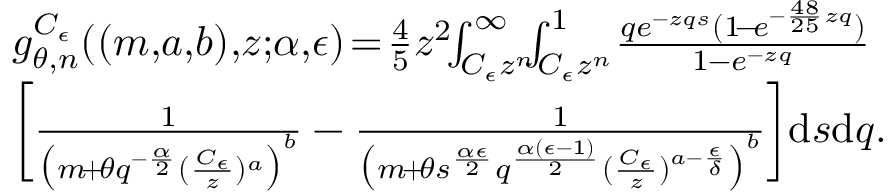
\begin{array} { r l } & { g _ { \theta , n } ^ { C _ { \epsilon } } ( ( m , \! a , \! b ) , \! z ; \! \alpha , \! \epsilon ) \! = \! \frac { 4 } { 5 } z ^ { 2 } \! \! \int _ { C _ { \epsilon } z ^ { n } } ^ { \infty } \! \! \! \int _ { C _ { \epsilon } z ^ { n } } ^ { 1 } \! \frac { q e ^ { - z q s } ( 1 \! - \! e ^ { - \frac { 4 8 } { 2 5 } z q } ) } { 1 - e ^ { - z q } } } \\ & { \bigg [ \frac { 1 } { \big ( m \! + \! \theta q ^ { - \frac { \alpha } { 2 } } ( \frac { C _ { \epsilon } } { z } ) ^ { a } \big ) ^ { b } } - \frac { 1 } { \big ( m \! + \! \theta s ^ { \frac { \alpha \epsilon } { 2 } } q ^ { \frac { \alpha ( \epsilon - 1 ) } { 2 } } ( \frac { C _ { \epsilon } } { z } ) ^ { a - \frac { \epsilon } { \delta } } \big ) ^ { b } } \bigg ] \mathrm { d } s \mathrm { d } q . } \end{array}